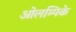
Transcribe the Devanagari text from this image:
ओलम्पिके